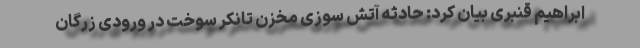
ابراهیم قنبری بیان کرد: حادثه آتش سوزی مخزن تانکر سوخت در ورودی زرگان